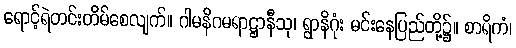
ရောင့်ရဲတင်းတိမ်စေလျက်။ ဂါမနိဂမရာဋ္ဌာနီသု၊ ရွာနိဂုံး မင်းနေပြည်တို့၌။ စာရိကံ၊